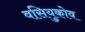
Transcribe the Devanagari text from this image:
वसियुकोव